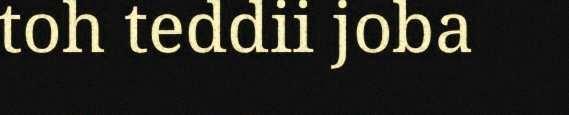
toh teddii joba